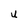
Character: u